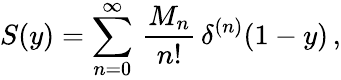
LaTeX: S(y)=\sum_{n=0}^{\infty}\, {\frac{M_{n}}{n!}}\, \delta^{(n)}(1-y)\, ,